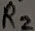
Text: R2